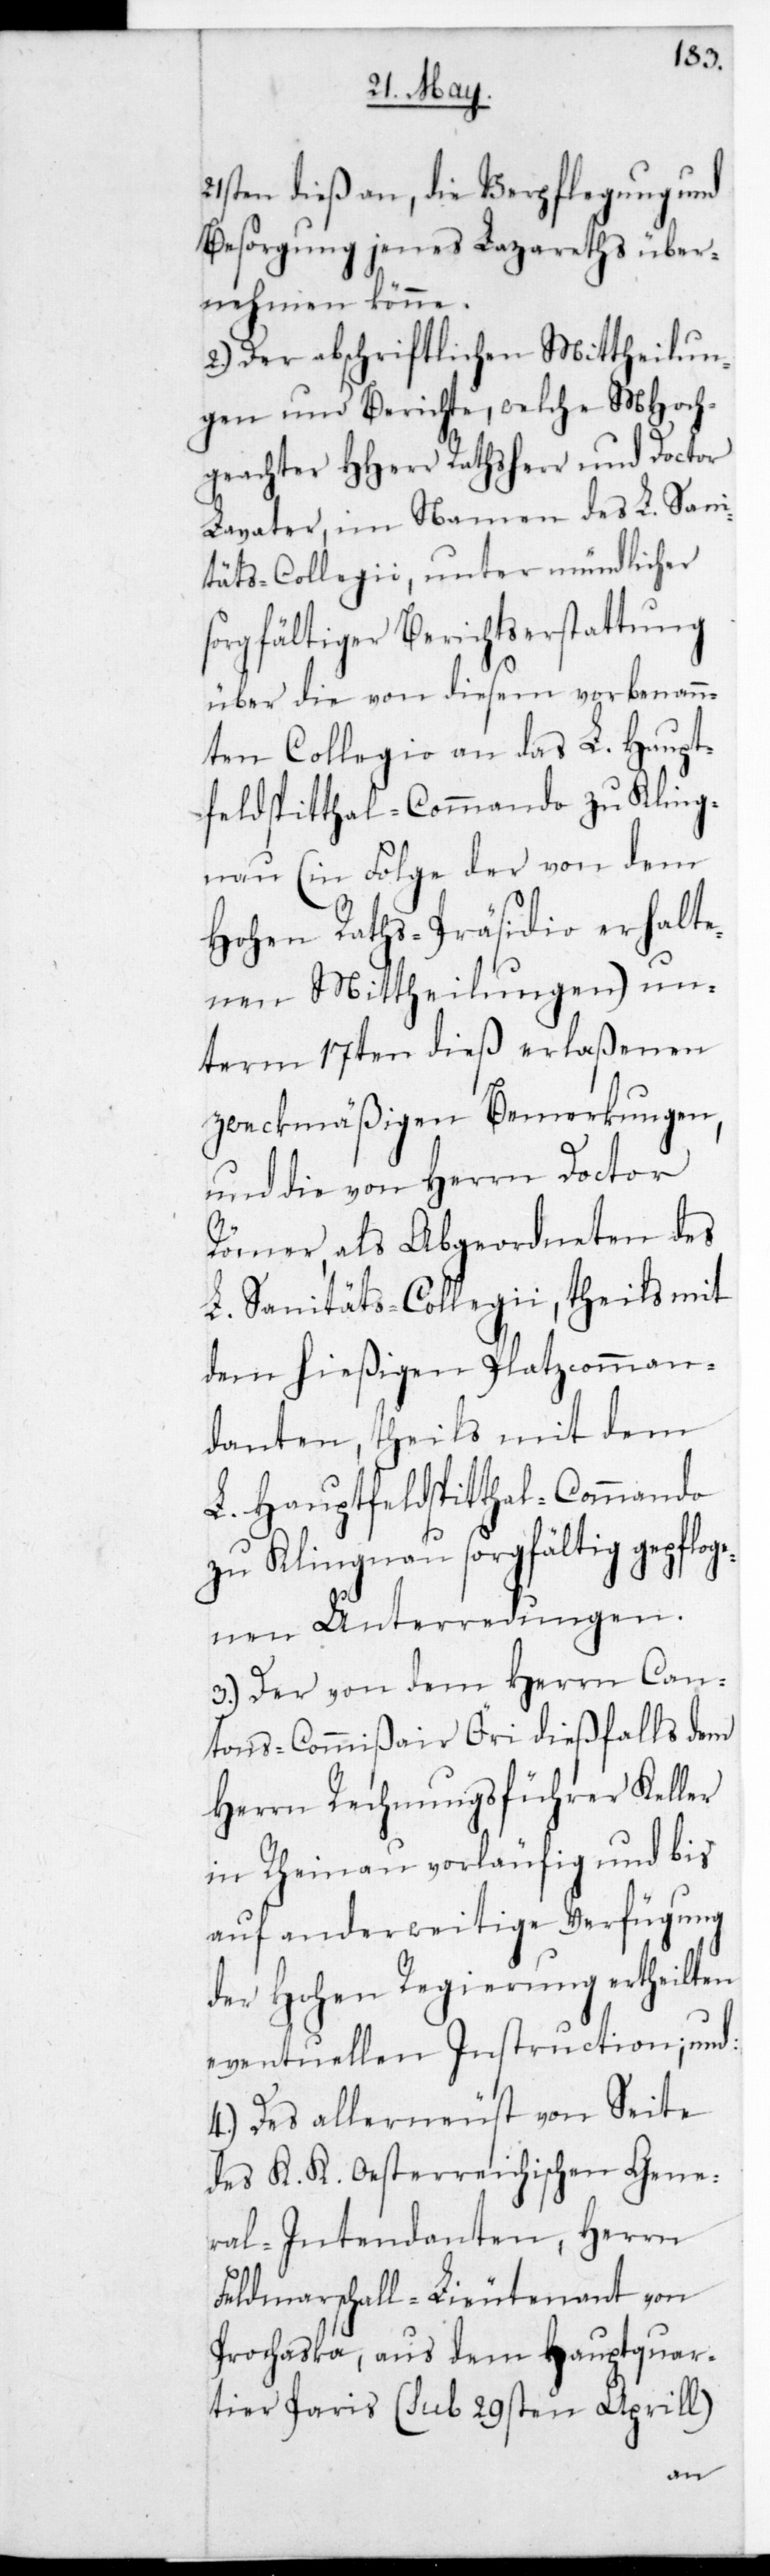
21sten dieß an, die Verpflegung und
Besorgung jenes Lazareths über¬
nehmen könne.
2.) Der abschriftlichen Mittheilun¬
gen und Berichte, welche MHoch¬
geachter HHerr Rathsherr und Doctor
Lavater im Namen des L. Sani¬
täts-Collegii unter mündlicher
sorgfältiger Berichtserstattung
über die von diesem vorbenann¬
ten Collegio an das L. Haupt¬
feldspitthal-Commando zu Kling¬
nau (in Folge der von dem
Hohen Raths-Präsidio erhalte¬
nen Mittheilungen) un¬
term 17ten dieß erlaßenen
zweckmäßigen Bemerkungen
und die von Herrn Doctor
Römer als Abgeordneten des
L. Sanitäts-Collegii, theils mit
dem hießigen Platzcomman¬
danten, theils mit dem
L. Hauptfeldspitthal-Commando
zu Klingnau sorgfältig gepfloge¬
nen Unterredungen.
3.) Der von dem Herrn Can¬
tons-Commißair Öri dießfalls dem
Herrn Rechnungsführer Keller
in Rheinau vorläufig und bis
auf anderweitige Verfügung
der Hohen Regierung ertheilten
eventuellen Instruction; und
4.) Des allerneust von Seite
des K. K. Oesterreichischen Gene¬
ral-Intendanten, Herrn
Feldmarschall-Lieutenant von
Prochaska, aus dem Hauptquar¬
tier Paris (sub 29sten Aprill)